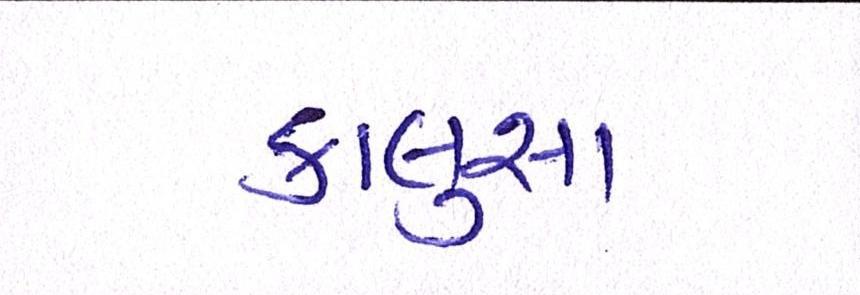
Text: કાલુસા